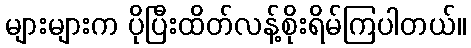
များများက ပိုပြီးထိတ်လန့်စိုးရိမ်ကြပါတယ်။